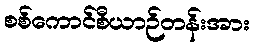
စစ်ကောင်စီယာဉ်တန်းအား